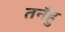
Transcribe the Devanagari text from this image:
तनँहु